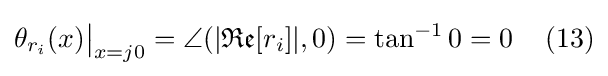
\theta _{r_{i}}(x){\big |}_{x=j0}=\angle (|{\mathfrak {Re}}[r_{i}]|,0)=\tan ^{-1}0=0\,\quad (13)